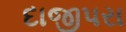
દાજીપરા